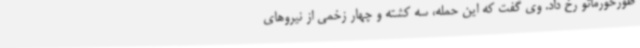
طورخورماتو رخ داد. وی گفت که این حمله، سه کشته و چهار زخمی از نیروهای